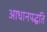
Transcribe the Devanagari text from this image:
आधानपद्धति